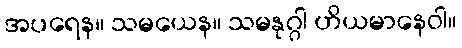
အပရေန။ သမယေန။ သမနုဂ္ဂါ ဟိယမာနေဝါ။